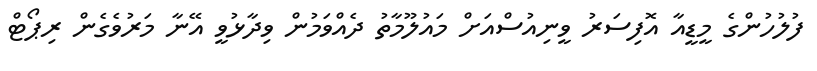
ފުލުހުންގެ މީޑީއާ އޮފިސަރު ވީނިއުސްއަށް މައުލޫމާތު ދެއްވަމުން ވިދާޅުވީ އޭނާ މަރުވެގެން ރިޕޯޓް